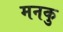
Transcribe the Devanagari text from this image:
मनकु